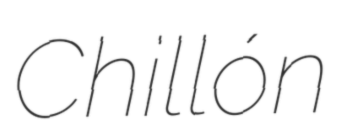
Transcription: Chillón